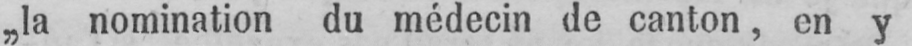
„la nomination du médecin de canton, en y